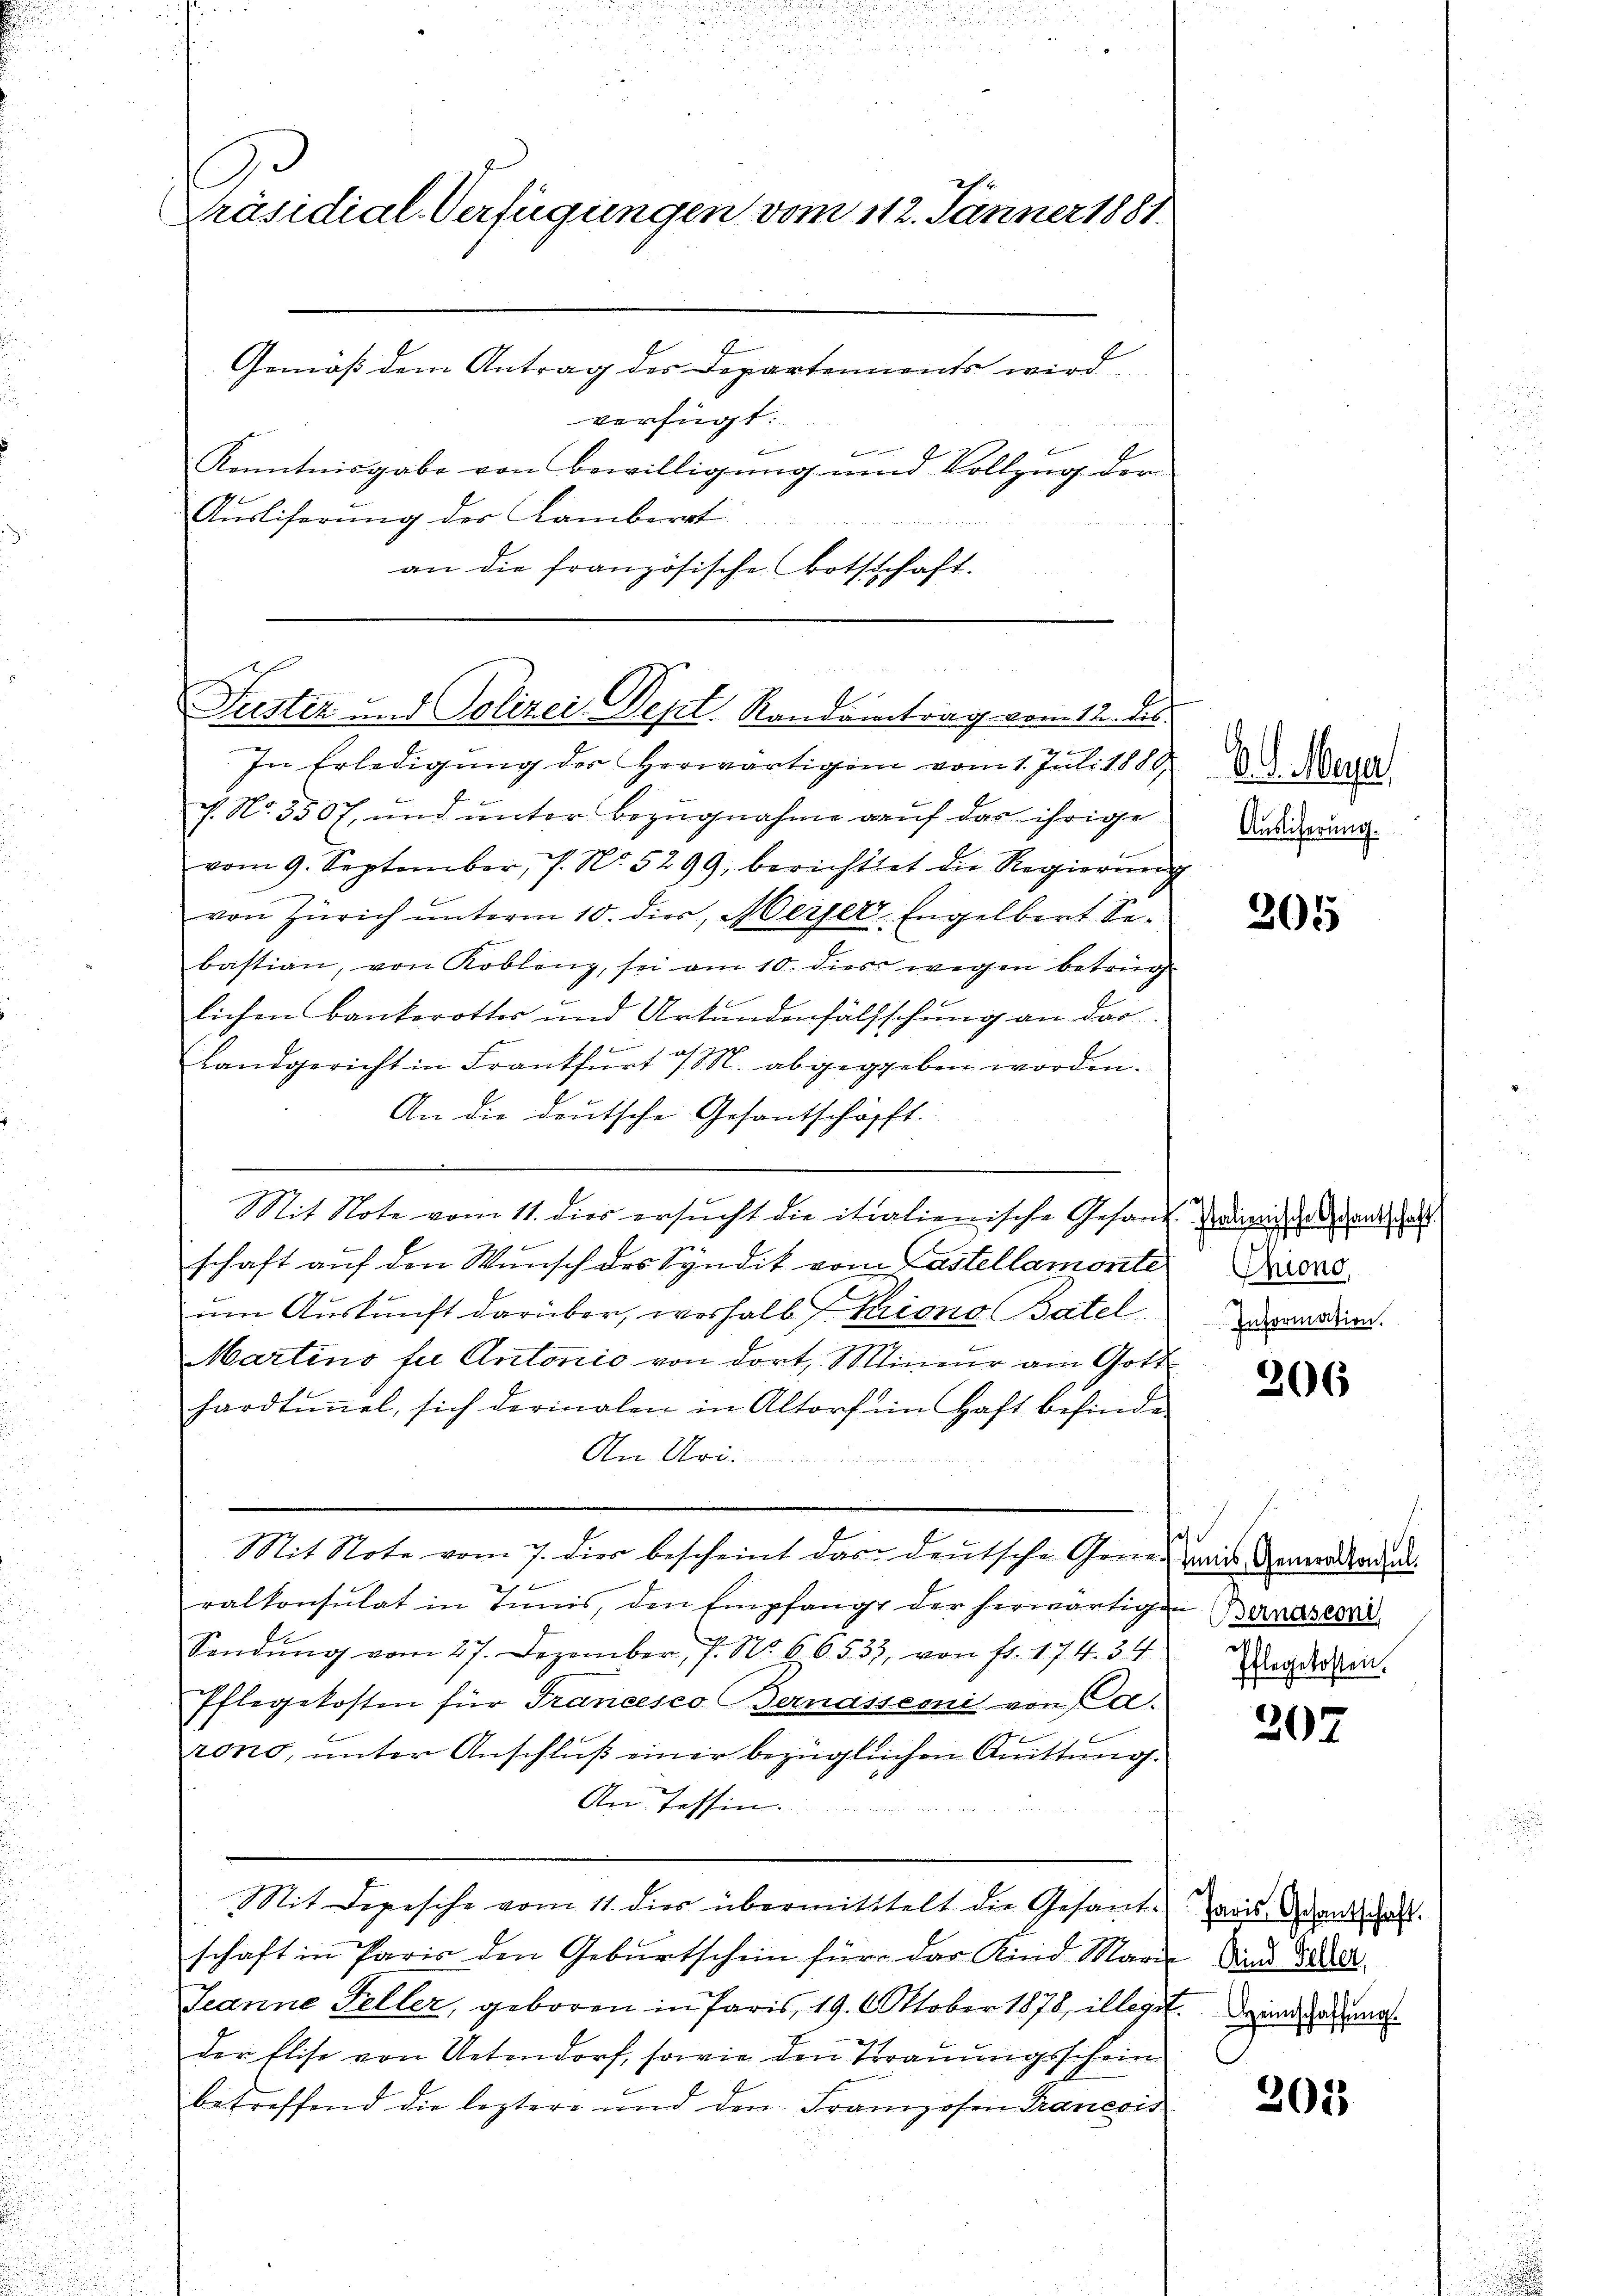
Präsidial-Verfügungen vom 112. Jänner 1881.

Gemäß dem Antrag des Departennents wird,
verfügt:
Kenntnisgabe von Bewilligung und Vollzug der
Aŭsliferung der Lamberat
an die französische Bothschaft.

Justiz und Polizei- Sept. Randantrag vom 12. des

In Erledigung der Herwärtigen vom 1. Juli 1880,
f. No. 3507, und unter Bezugnahme auf das ihrige
vom 9. September, 7. No. 5299, berichttet die Regierŭng
von Zürich unterm 10. dies, Merzer, Engelbert Sebastian, von Koblenz, sei am 10. dies wegen betrug
lichen Bankerottes und Urtundenfälsschung an das

Landgericht in Frankfurt a/M. abgegeben worden.
An die deutsche Gesantschäfft.
Mit Note vom 11. dies ersucht die itialienische Gesand einig alsdann hat
schaft auf den Wunsch des Syndik vom Castellamonte Frages
um Auskunft darüber, weshalb F. Kriono Batel
Martino für Antonio von dort, Mineur am Gott
hardtŭṅel, sich darinalen in Altorf im Haft befinde
An Uri.
Mit Note vom 7. dies bescheint das deutsche Genes Gemälderun
2
ralkonsulat in Tunis, den Empfang der herwärtigen Bundes
Sendŭng vom 27. Dezember, 7. No. 66533, von fr. 174. 34 Angeladen.
Pflegekosten für Francesco Bernassemit von Ca
rono, ŭnter Anschlŭβ einer bezüglichen Quittŭng.
An Tessin.

Mit Depesche vom 11. dies übermittelt die Gesante an danken.
schaft in Paris den Geburtschein für das Kind Marie die Wal¬
Jeanne Feller, geboren in Paris 19. Oktober 1878, illegit. Deine ang
der Elise von Uetendorf, sowie den Trauungsschein
betreffend die leztere und den Franzosen Francois

e

b. G. Meyer
Auslieferung.

205

Information.

206

207

2015